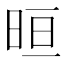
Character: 晅